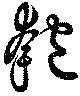
匏